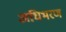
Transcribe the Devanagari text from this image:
अधिभरण